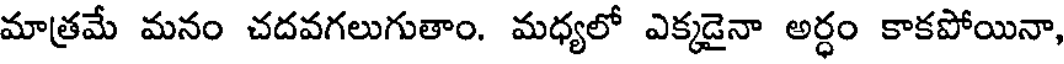
మాత్రమే మనం చదవగలుగుతాం. మధ్యలో ఎక్కడైనా అర్ధం కాకపోయినా,